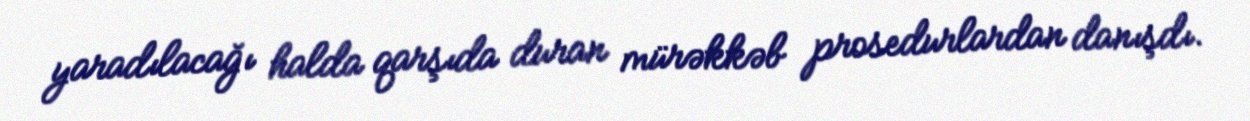
yaradılacağı halda qarşıda duran mürəkkəb prosedurlardan danışdı.